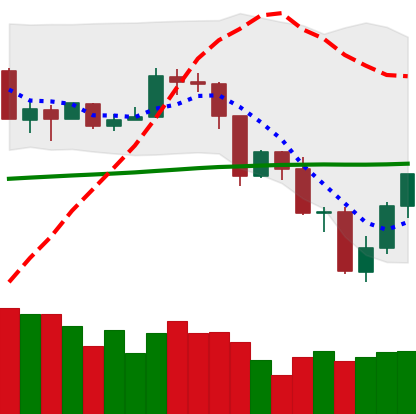
Ticker: TRX-USD
Chart end date: 2019-07-19
Forward return: -14.69%
Label: down_7plus